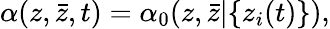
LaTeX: \alpha(z,\bar{z},t)=\alpha_{0}(z,\bar{z}|\{ z_{i}(t)\} ),